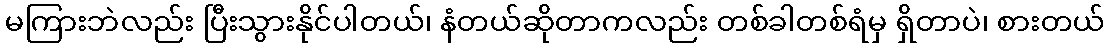
မကြားဘဲလည်း ပြီးသွားနိုင်ပါတယ်၊ နံတယ်ဆိုတာကလည်း တစ်ခါတစ်ရံမှ ရှိတာပဲ၊ စားတယ်